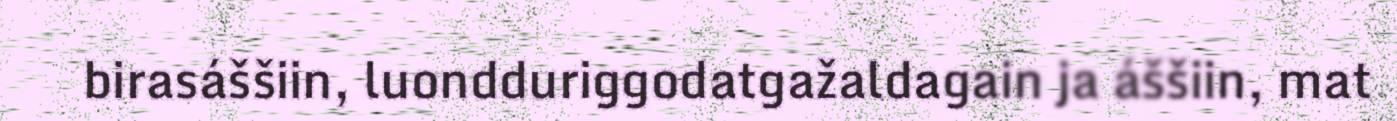
birasáššiin, luondduriggodatgažaldagain ja áššiin, mat